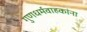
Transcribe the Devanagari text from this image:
गुणधर्मवाहकांना